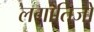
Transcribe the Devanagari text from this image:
लगार्तिजो